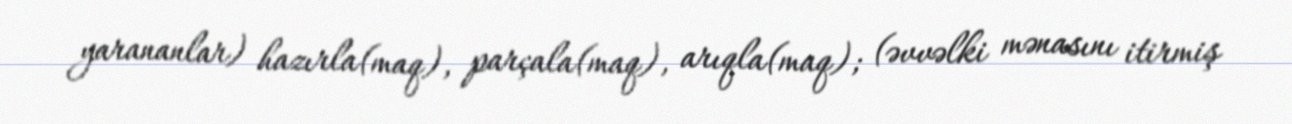
yarananlar) hazırla(maq), parçala(maq), arıqla(maq); (əvvəlki mənasını itirmiş